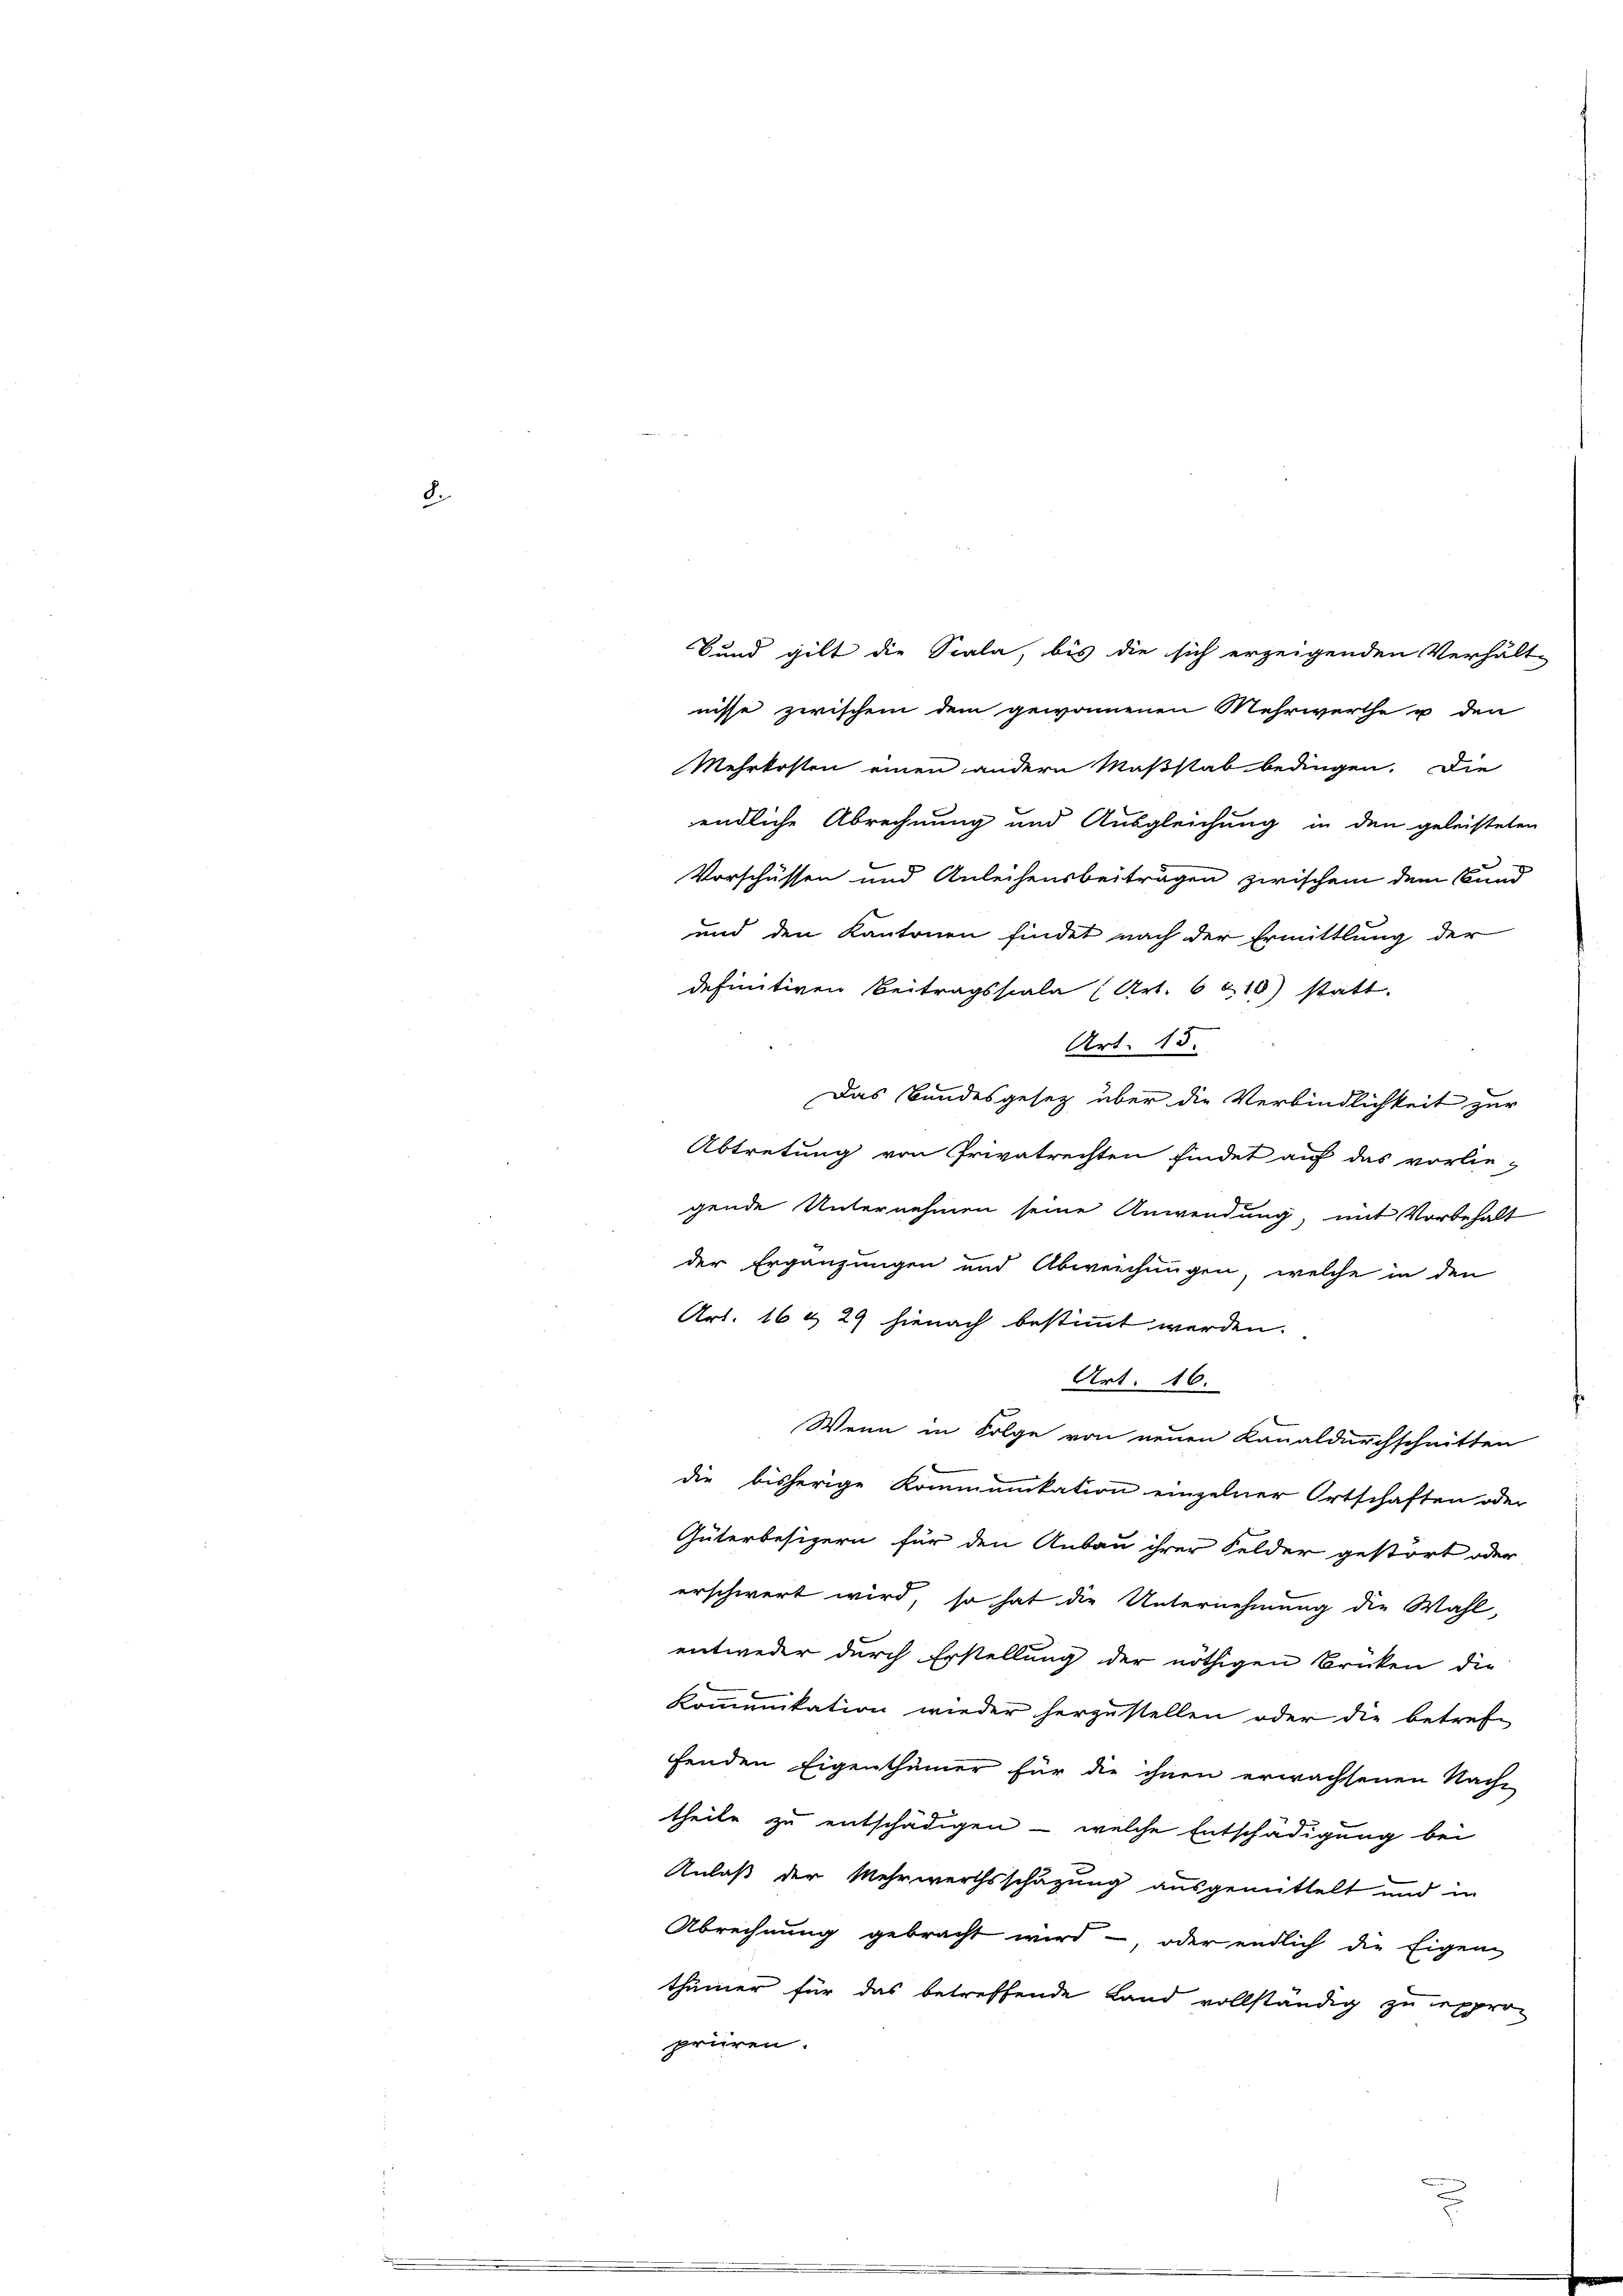
8.

nisse zwischem dem gewonnenen Mehrwerthe u den
Mehrkosten einen andern Maßstab bedingen. Die
endliche Abrechnung und Ausgleichung in den geleisteten
Vorschüssen und Anleihensbeiträgen zwischem dem Bund
und den Kantonen findet nach der Ermittlung der
definitiven Beitragsscala (Art. 6 210) statt.
Art. 15.
Das Bandesgesetz über die Verbindlichkeit zur
Abtretung von Privatrechten findet auf das vorlie-
gende Unternehmen seine Anwendung, mit Vorbehalt
der Ergänzungen und Abweichungen, welche in den
Art. 16 & 29 hienach bestimmt werden.
Art. 16.
Wenn in Folge von neuen Kanaldurchschnitten
die bisherige Kommunikation einzelner Ortschaften oder
Güterbesizern für den Anbau ihrer Felder gestört oder
erschwert wird, so hat die Unternehmung die Wahl-
entweder durch Erstellung der nöthigen Brüken die
Kommunikation wieder herzustellen oder die betref
fenden Eigenthümer für die ihnen erwachsenen Nach-
theile zu entschädigen - welche Entschädigung bei
Anlaß der Mehrwerthsschäzung ausgemittelt und in
Abrechnung gebracht wird, oder endlich die Eigen
thümer für das betreffende Land vollständig zu exproprüren.

Bund gilt die Scala, bis die sich erzeigenden Verhält-